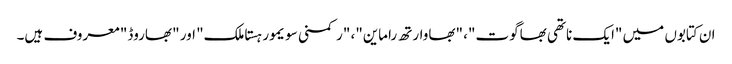
ان کتابوں میں "ایک ناتھی بھاگوت"، "بھاوارتھ راماین"، "رکمنی سویمور ہستاملک" اور "بھاروڈ" معروف ہیں۔